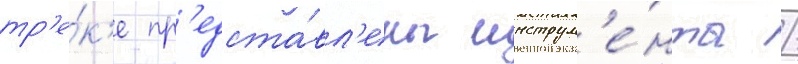
тр'е́к'е пр'едста́вл'ены инструм'е́нты /